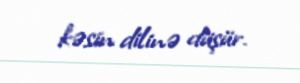
kəsin dilinə düşür.